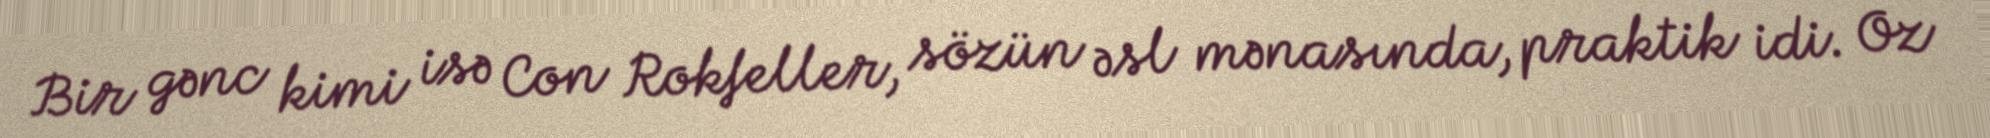
Bir gənc kimi isə Con Rokfeller, sözün əsl mənasında, praktik idi. Oz